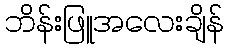
ဘိန်းဖြူအလေးချိန်